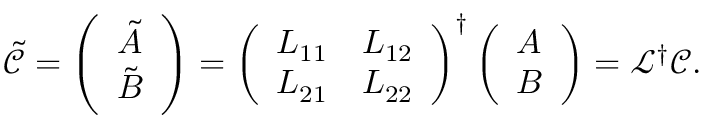
\tilde { \mathcal { C } } = \left( \begin{array} { l } { \tilde { A } } \\ { \tilde { B } } \end{array} \right) = \left( \begin{array} { l l } { L _ { 1 1 } } & { L _ { 1 2 } } \\ { L _ { 2 1 } } & { L _ { 2 2 } } \end{array} \right) ^ { \dag } \left( \begin{array} { l } { A } \\ { B } \end{array} \right) = \mathcal { L } ^ { \dag } \mathcal { C } .